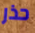
حذر